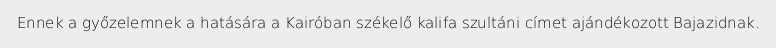
Ennek a győzelemnek a hatására a Kairóban székelő kalifa szultáni címet ajándékozott Bajazidnak.